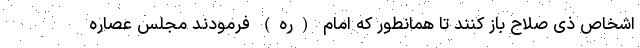
اشخاص ذی صلاح باز کنند تا همانطور که امام (ره) فرمودند مجلس عصاره